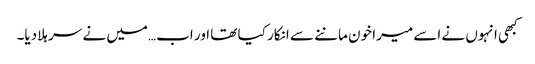
کبھی انہوں نے اسے میرا خون ماننے سے انکار کیا تھا اور اب…میں نے سر ہلادیا۔